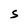
Character: S